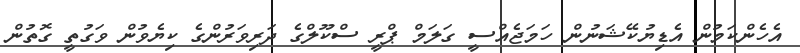
އެހެންކަމުން އެޑިޔުކޭޝަނުން ހަމަޖެއްސީ ގަލަމް ޕްރީ ސްކޫލްގެ ދަރިވަރުންގެ ކިޔެވުން ވަގުތީ ގޮތުން